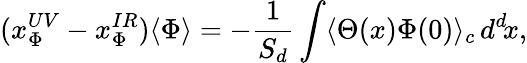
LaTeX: (x_{\Phi}^{UV}-x_{\Phi}^{IR})\langle\Phi\rangle=-{\frac{1}{S_{d}}}\int\langle\Theta(x)\Phi(0)\rangle_{c}\, d^{d}\! x,